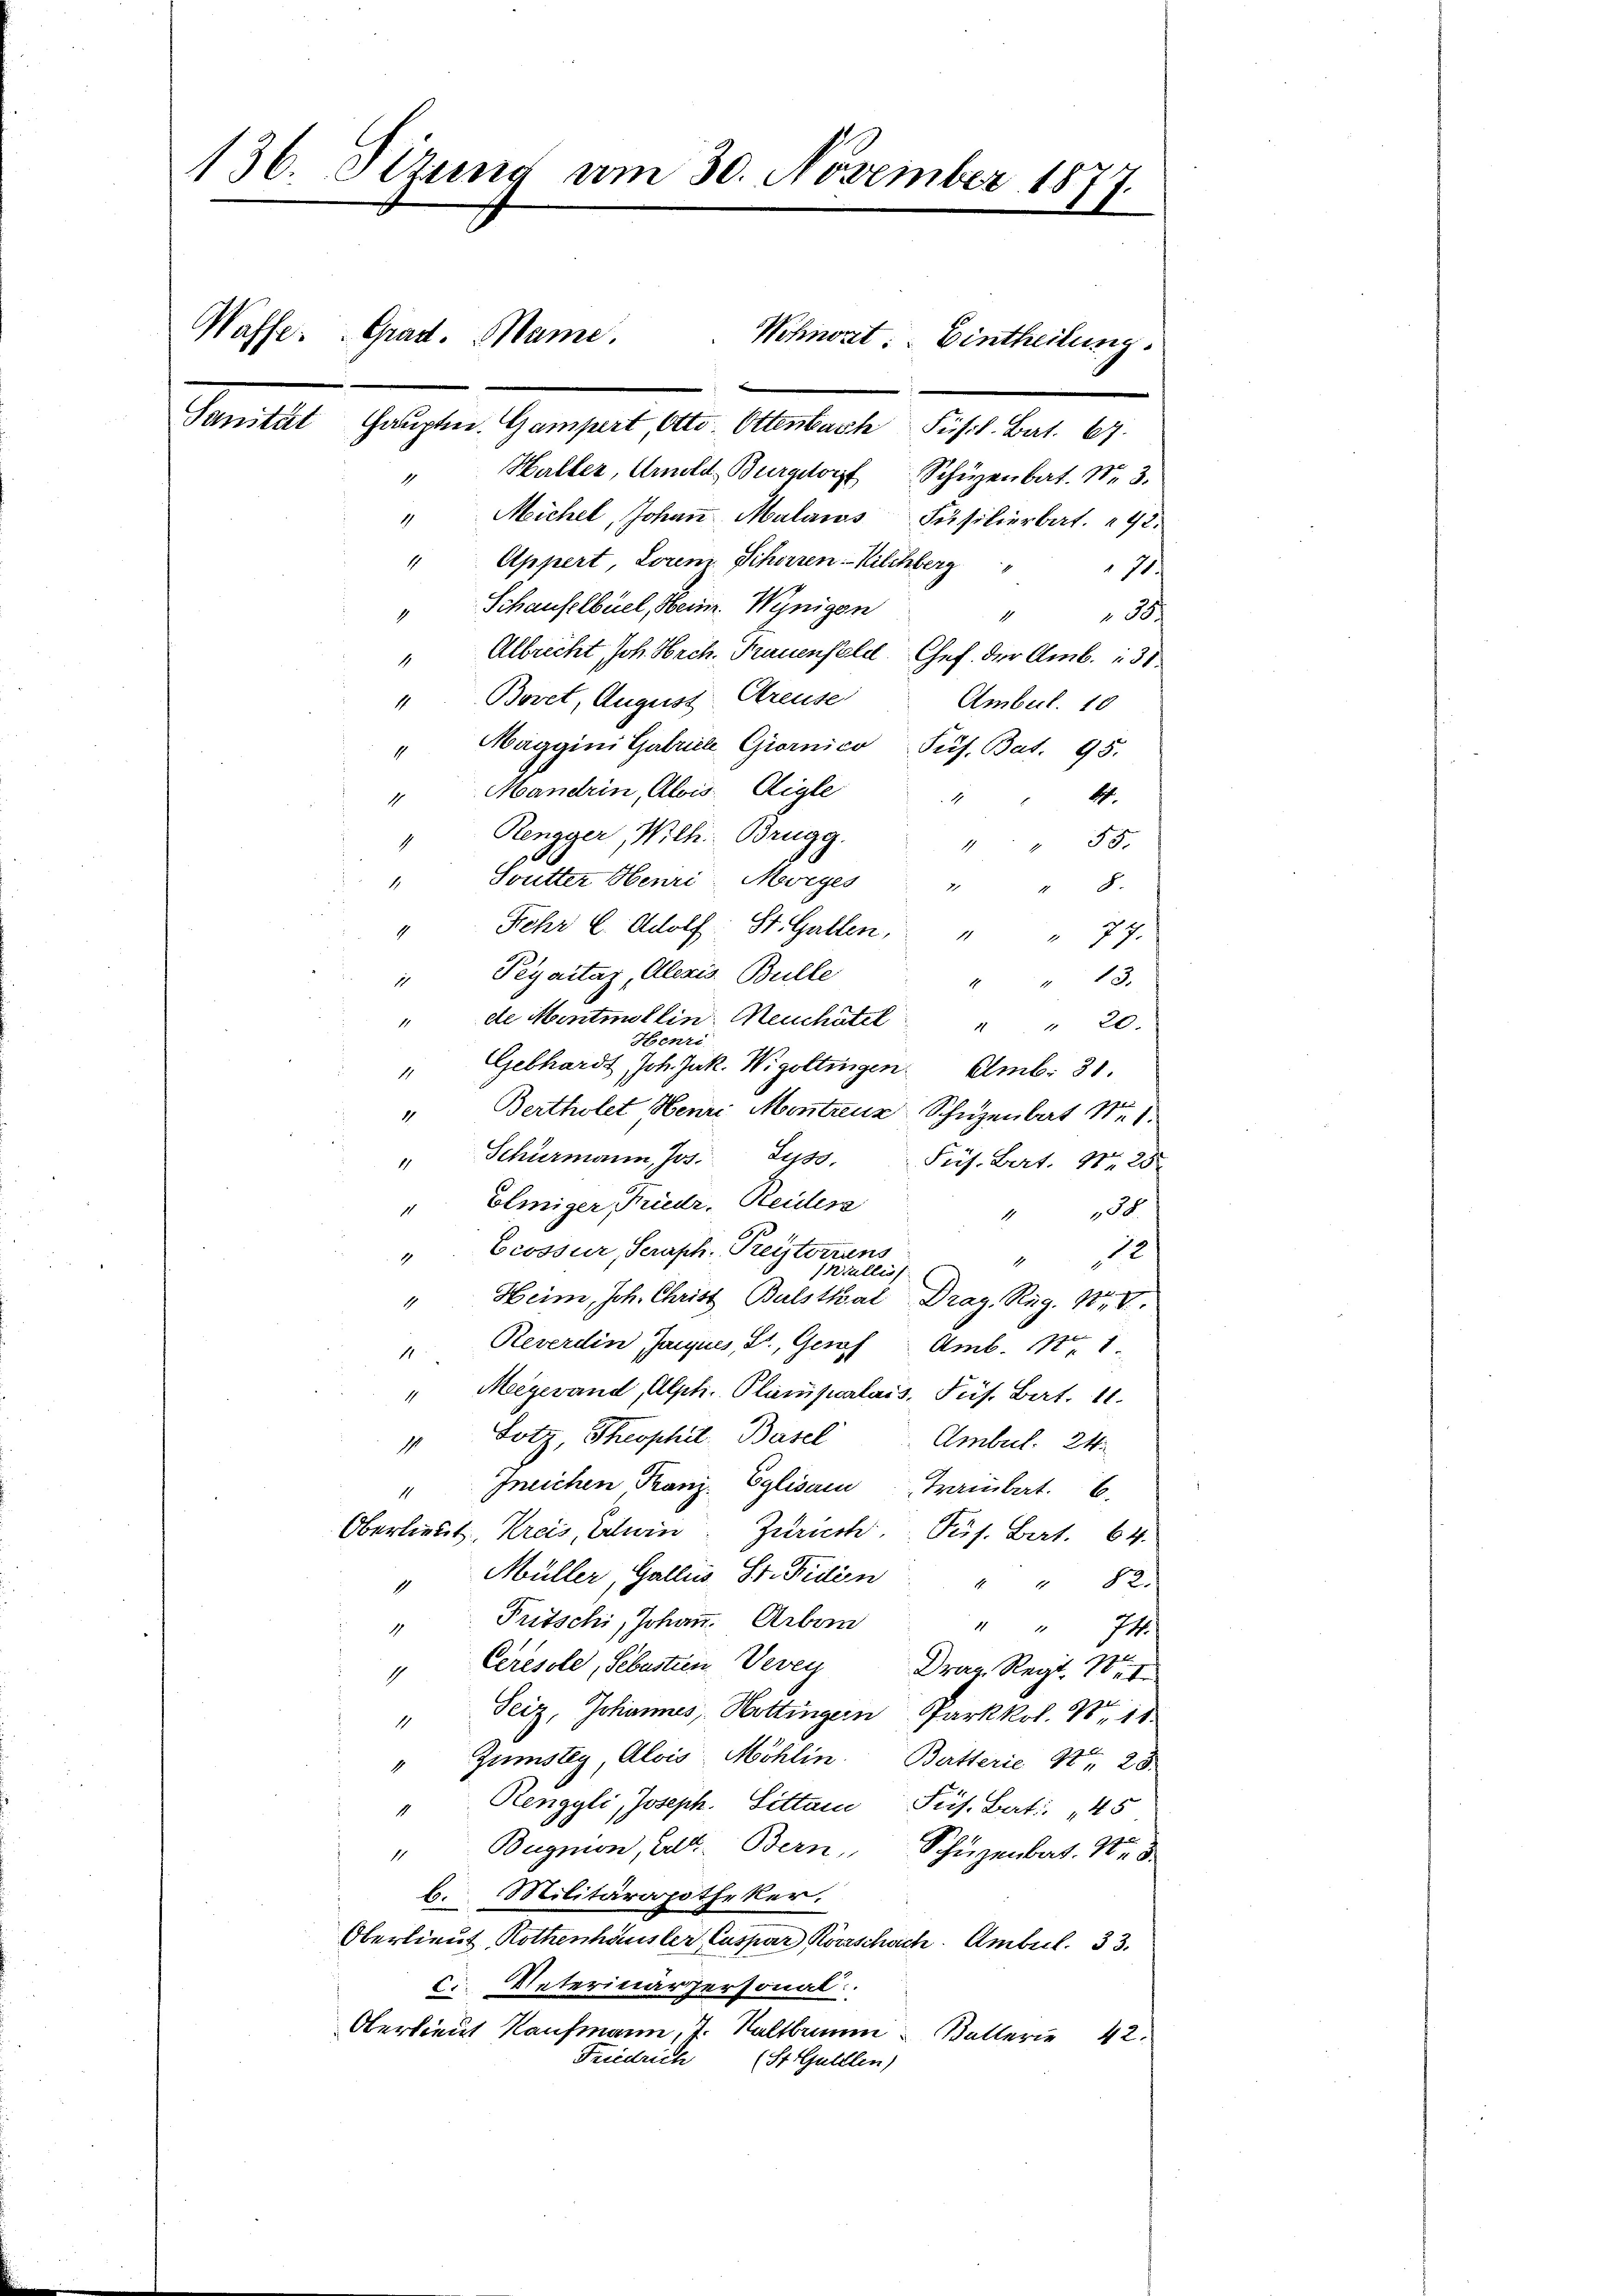
136. Dezung am 30. November 181
1.

Waffe. Grad. Mame. Wohnort: Eintheilung.
Sanität Hauptm. Gampert, Otto. Ottenbach Fühl. Bat. 67.

Haller, Amold Burgdorf Schüzenbat. Nr. 3.
1
" Michel, Johaṅ Malaus Füsilierbat. 92.
Appert Lorenz Schorren Kilchberg"
1
14.
" Schaufelbuel, Heim. Wenigen
" " 35.
Albrecht, Joh. Hch. Frauenfeld Chef der Amb. 131
"Bovet, August Greuse
Ambert. 10
Maggini Gabriel Giornico Pus. Bat. 95.
1
Handrin, Alois, Aigle
1.
4
1
Rengger, Wilh. Brugg.
1 " 55
Soutter Henri Morges " " 8.
Fehr l. Adolf St. Gallen, " " 77.
1
" Peyaitag, Alexis Bulle
4 " 13.
" de Mentmollin: Meuchâtel          "  "  20.
Henri
" Gebhardt, Joh. Jak. Wigoltingen. Amb: 31.
" Bertholet Henri Montanz Schüzenbat Nr. 1.
" Schürmann, Jos. Luss.
Pus. Bart. Nr. 28.
Eliniger, Friedr. Reider
1
 38.
"Ecossur, Seraph. Preisterrens
12
Kiallis
" Heim, Joh. Christ Balsthal Drag. Reg. XIV.
" Reverdin Janques, St. Geras Amb. Nr. 1
"Meegewand, Alph. Planfwalais, Pus. Bat. 11.
 Lotz, Theophil. Basel
Ambul. 24.
Ineichen Franz. Eglisain Trainbat. 6.
1
Oberliebt, Kreis, Erlein Zürich, Pes. Bat. 64.
" Müller, Gallis, St. Fidlin " " 82.
Putschi, Johann. Arben
" " 74.
1
Ceresole, Sebastien Vevey Drau Regt. I
1
Seiz, Johannes Hottingern Parkkol. Nr. 18.
1
" Zimstey Alois Möhlin. Butterie No 25.
" Renggli, Joseph. Sittau Pis. Bat. 45
"Bugmon, dat. Bern, Schüzenbat. 113
Militärapotheker.
b.
Oberlieut, Rothenhausler Caspar Körrschach. Ambul. 33.
 Veterinärpersonal
Oberlieut Kaufmann, J. Kaltbrunn Ballerie 42.
Fridrich
(St. Gulllen)